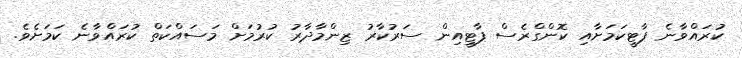
ކުރައްވާނެ ޕާޓީކަމަށާއި ކޮންގްރެސް ޕާޓީއިން ސަރުކާރު ޒިންމާދާރު ކުރުމަށް މަސައްކަތް ކުރައްވާނެ ކަމަށެވެ.